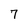
Character: 7